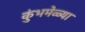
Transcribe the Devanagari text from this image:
कुंभमेळ्या